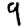
Digit: 9